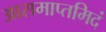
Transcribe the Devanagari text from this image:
आसमाप्तमिदं